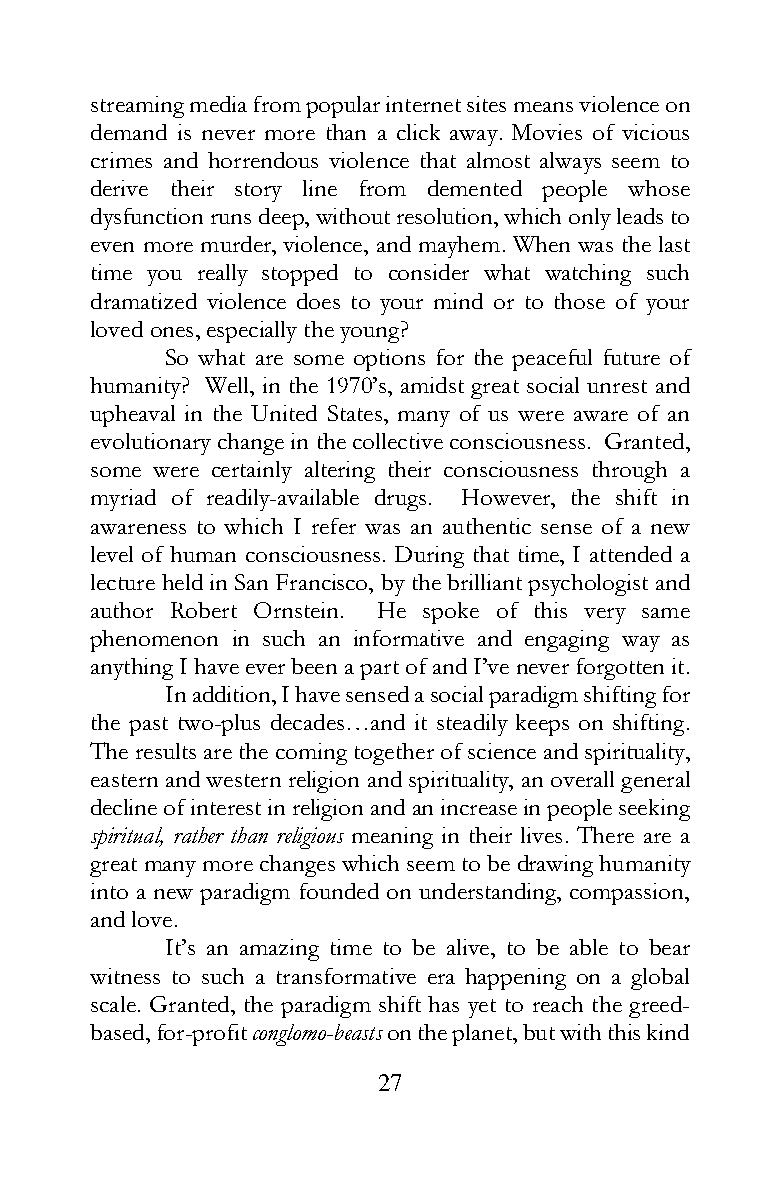
streaming media from popular internet sites means violence on
 demand is never more than a click away. Movies of vicious
 crimes and horrendous violence that almost always seem to
 derive their story line from demented people whose
 dysfunction runs deep, without resolution, which only leads to
 even more murder, violence, and mayhem. When was the last
 time you really stopped to consider what watching such
 dramatized violence does to your mind or to those of your
 loved ones, especially the young?
 So what are some options for the peaceful future of
 humanity? Well, in the 1970’s, amidst great social unrest and
 upheaval in the United States, many of us were aware of an
 evolutionary change in the collective consciousness. Granted,
 some were certainly altering their consciousness through a
 myriad of readily-available drugs. However, the shift in
 awareness to which I refer was an authentic sense of a new
 level of human consciousness. During that time, I attended a
 lecture held in San Francisco, by the brilliant psychologist and
 author Robert Ornstein. He spoke of this very same
 phenomenon in such an informative and engaging way as
 anything I have ever been a part of and I’ve never forgotten it.
 In addition, I have sensed a social paradigm shifting for
 the past two-plus decades…and it steadily keeps on shifting.
 The results are the coming together of science and spirituality,
 eastern and western religion and spirituality, an overall general
 decline of interest in religion and an increase in people seeking
 spiritual, rather than religious meaning in their lives. There are a
 great many more changes which seem to be drawing humanity
 into a new paradigm founded on understanding, compassion,
 and love.
 It’s an amazing time to be alive, to be able to bear
 witness to such a transformative era happening on a global
 scale. Granted, the paradigm shift has yet to reach the greed-
 based, for-profit conglomo-beasts on the planet, but with this kind
 27